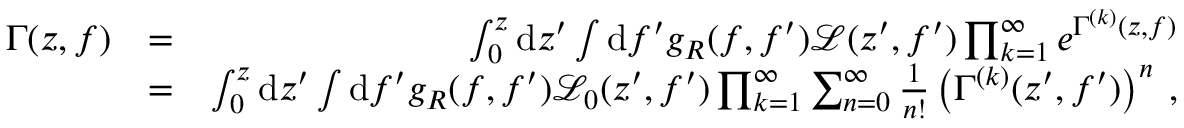
\begin{array} { r l r } { \Gamma ( z , f ) } & { = } & { \int _ { 0 } ^ { z } \mathrm { d } z ^ { \prime } \int \mathrm { d } f ^ { \prime } g _ { R } ( f , f ^ { \prime } ) \mathcal { L } ( z ^ { \prime } , f ^ { \prime } ) \prod _ { k = 1 } ^ { \infty } e ^ { \Gamma ^ { ( k ) } ( z , f ) } } \\ & { = } & { \int _ { 0 } ^ { z } \mathrm { d } z ^ { \prime } \int \mathrm { d } f ^ { \prime } g _ { R } ( f , f ^ { \prime } ) \mathcal { L } _ { 0 } ( z ^ { \prime } , f ^ { \prime } ) \prod _ { k = 1 } ^ { \infty } \sum _ { n = 0 } ^ { \infty } \frac { 1 } { n ! } \left( \Gamma ^ { ( k ) } ( z ^ { \prime } , f ^ { \prime } ) \right) ^ { n } \: , } \end{array}